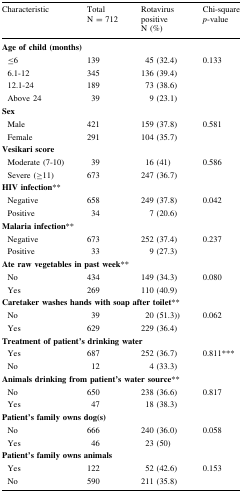
<table><thead><tr><td><b>Characteristic</b></td><td><b>TotalN = 712</b></td><td><b>Rotavirus positiveN (%)</b></td><td><b>Chi-square<i>p</i>-value</b></td></tr></thead><tbody><tr><td colspan="4"><b>Age of child (months)</b></td></tr><tr><td> ≤6</td><td>139</td><td>45 (32.4)</td><td rowspan="4">0.133</td></tr><tr><td> 6.1-12</td><td>345</td><td>136 (39.4)</td></tr><tr><td> 12.1-24</td><td>189</td><td>73 (38.6)</td></tr><tr><td> Above 24</td><td>39</td><td>9 (23.1)</td></tr><tr><td colspan="4"><b>Sex</b></td></tr><tr><td> Male</td><td>421</td><td>159 (37.8)</td><td rowspan="2">0.581</td></tr><tr><td> Female</td><td>291</td><td>104 (35.7)</td></tr><tr><td colspan="4"><b>Vesikari score</b></td></tr><tr><td> Moderate (7-10)</td><td>39</td><td>16 (41)</td><td rowspan="2">0.586</td></tr><tr><td> Severe (≥11)</td><td>673</td><td>247 (36.7)</td></tr><tr><td colspan="4"><b>HIV infection</b>**</td></tr><tr><td> Negative</td><td>658</td><td>249 (37.8)</td><td>0.042</td></tr><tr><td> Positive</td><td>34</td><td>7 (20.6)</td><td></td></tr><tr><td colspan="4"><b>Malaria infection</b>**</td></tr><tr><td> Negative</td><td>673</td><td>252 (37.4)</td><td>0.237</td></tr><tr><td> Positive</td><td>33</td><td>9 (27.3)</td><td></td></tr><tr><td colspan="4"><b>Ate raw vegetables in past week</b>**</td></tr><tr><td> No</td><td>434</td><td>149 (34.3)</td><td rowspan="2">0.080</td></tr><tr><td> Yes</td><td>269</td><td>110 (40.9)</td></tr><tr><td colspan="4"><b>Caretaker washes hands with soap after toilet</b>**</td></tr><tr><td> No</td><td>39</td><td>20 (51.3))</td><td rowspan="2">0.062</td></tr><tr><td> Yes</td><td>629</td><td>229 (36.4)</td></tr><tr><td colspan="4"><b>Treatment of patient’s drinking water</b></td></tr><tr><td> Yes</td><td>687</td><td>252 (36.7)</td><td rowspan="2">0.811***</td></tr><tr><td> No</td><td>12</td><td>4 (33.3)</td></tr><tr><td colspan="4"><b>Animals drinking from patient’s water source</b>**</td></tr><tr><td> No</td><td>650</td><td>238 (36.6)</td><td rowspan="2">0.817</td></tr><tr><td> Yes</td><td>47</td><td>18 (38.3)</td></tr><tr><td colspan="4"><b>Patient’s family owns dog(s)</b></td></tr><tr><td> No</td><td>666</td><td>240 (36.0)</td><td rowspan="2">0.058</td></tr><tr><td> Yes</td><td>46</td><td>23 (50)</td></tr><tr><td colspan="4"><b>Patient’s family owns animals</b></td></tr><tr><td> Yes</td><td>122</td><td>52 (42.6)</td><td rowspan="2">0.153</td></tr><tr><td> No</td><td>590</td><td>211 (35.8)</td></tr></tbody></table>